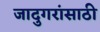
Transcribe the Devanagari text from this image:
जादुगरांसाठी